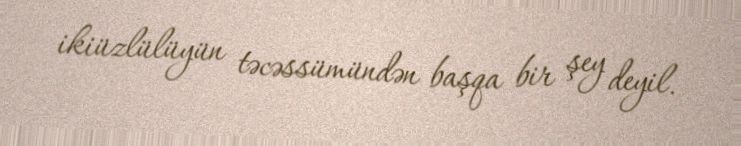
ikiüzlülüyün təcəssümündən başqa bir şey deyil.